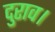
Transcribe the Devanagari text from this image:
दुराव।